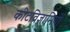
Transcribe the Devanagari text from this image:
कीटविज्ञानियों